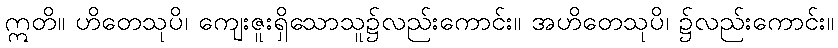
ဣတိ။ ဟိတေသုပိ၊ ကျေးဇူးရှိသောသူ၌လည်းကောင်း။ အဟိတေသုပိ၊ ၌လည်းကောင်း။